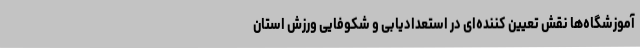
آموزشگاه‌ها نقش تعیین کننده‌ای در استعدادیابی و شکوفایی ورزش استان